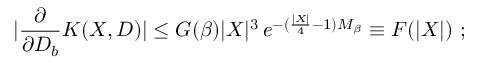
\left. | \frac { \partial } { \partial D _ { b } } K ( X , D ) | \leq G ( \beta ) | X | ^ { 3 } \, e ^ { - ( \frac { | X | } { 4 } - 1 ) M _ { \beta } } \equiv F ( | X | ) \ ; \right.